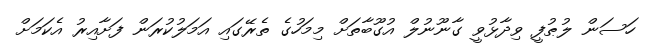
ހަސަން ލުޠުފީ ވިދާޅުވީ ގާނޫނުލް އުގޫބާތަށް މިމަހުގެ ތެރޭގައި އަމަލުކުރަން ފަށާއިރު އެކަމަށް